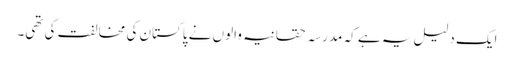
ایک دلیل یہ ہے کہ مدرسہ حقانیہ والوں نے پاکستان کی مخالفت کی تھی۔